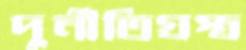
দুর্নীতিগ্রস্ত্র